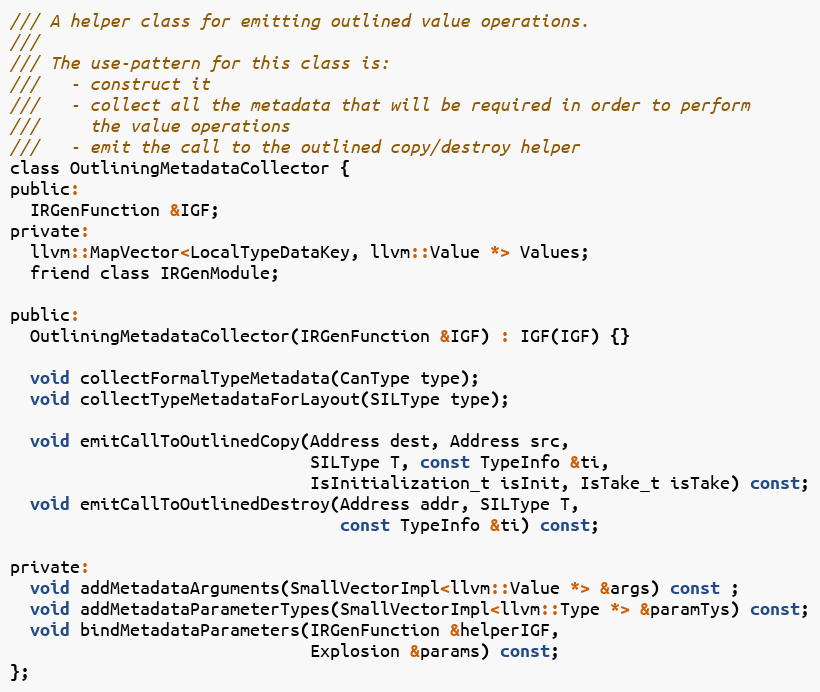
Language: C
/// A helper class for emitting outlined value operations.
///
/// The use-pattern for this class is:
///   - construct it
///   - collect all the metadata that will be required in order to perform
///     the value operations
///   - emit the call to the outlined copy/destroy helper
class OutliningMetadataCollector {
public:
  IRGenFunction &IGF;
private:
  llvm::MapVector<LocalTypeDataKey, llvm::Value *> Values;
  friend class IRGenModule;

public:
  OutliningMetadataCollector(IRGenFunction &IGF) : IGF(IGF) {}

  void collectFormalTypeMetadata(CanType type);
  void collectTypeMetadataForLayout(SILType type);

  void emitCallToOutlinedCopy(Address dest, Address src,
                              SILType T, const TypeInfo &ti,
                              IsInitialization_t isInit, IsTake_t isTake) const;
  void emitCallToOutlinedDestroy(Address addr, SILType T,
                                 const TypeInfo &ti) const;

private:
  void addMetadataArguments(SmallVectorImpl<llvm::Value *> &args) const ;
  void addMetadataParameterTypes(SmallVectorImpl<llvm::Type *> &paramTys) const;
  void bindMetadataParameters(IRGenFunction &helperIGF,
                              Explosion &params) const;
};